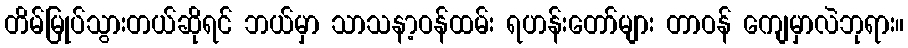
တိမ်မြုပ်သွားတယ်ဆိုရင် ဘယ်မှာ သာသနာ့ဝန်ထမ်း ရဟန်းတော်များ တာဝန် ကျေမှာလဲဘုရား။